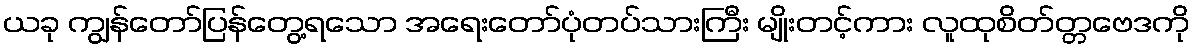
ယခု ကျွန်တော်ပြန်တွေ့ရသော အရေးတော်ပုံတပ်သားကြီး မျိုးတင့်ကား လူထုစိတ်တ္တဗေဒကို